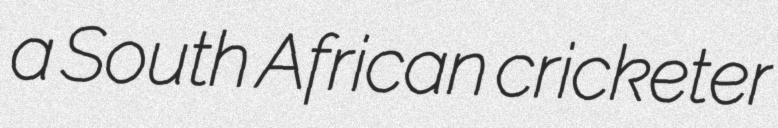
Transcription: a South African cricketer